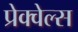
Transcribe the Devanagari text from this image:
प्रेक्वेल्स